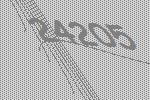
24205